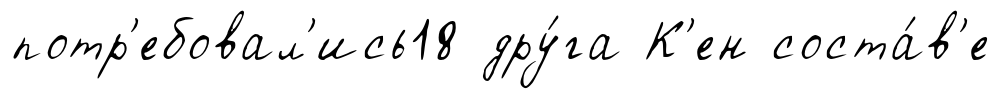
потр'ебовал'ись18 дру́га К'ен соста́в'е